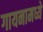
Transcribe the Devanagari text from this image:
गायनामध्ये